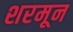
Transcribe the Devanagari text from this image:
शरमून